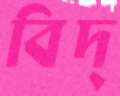
বিদ্